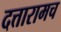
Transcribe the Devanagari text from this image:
दत्तारामच